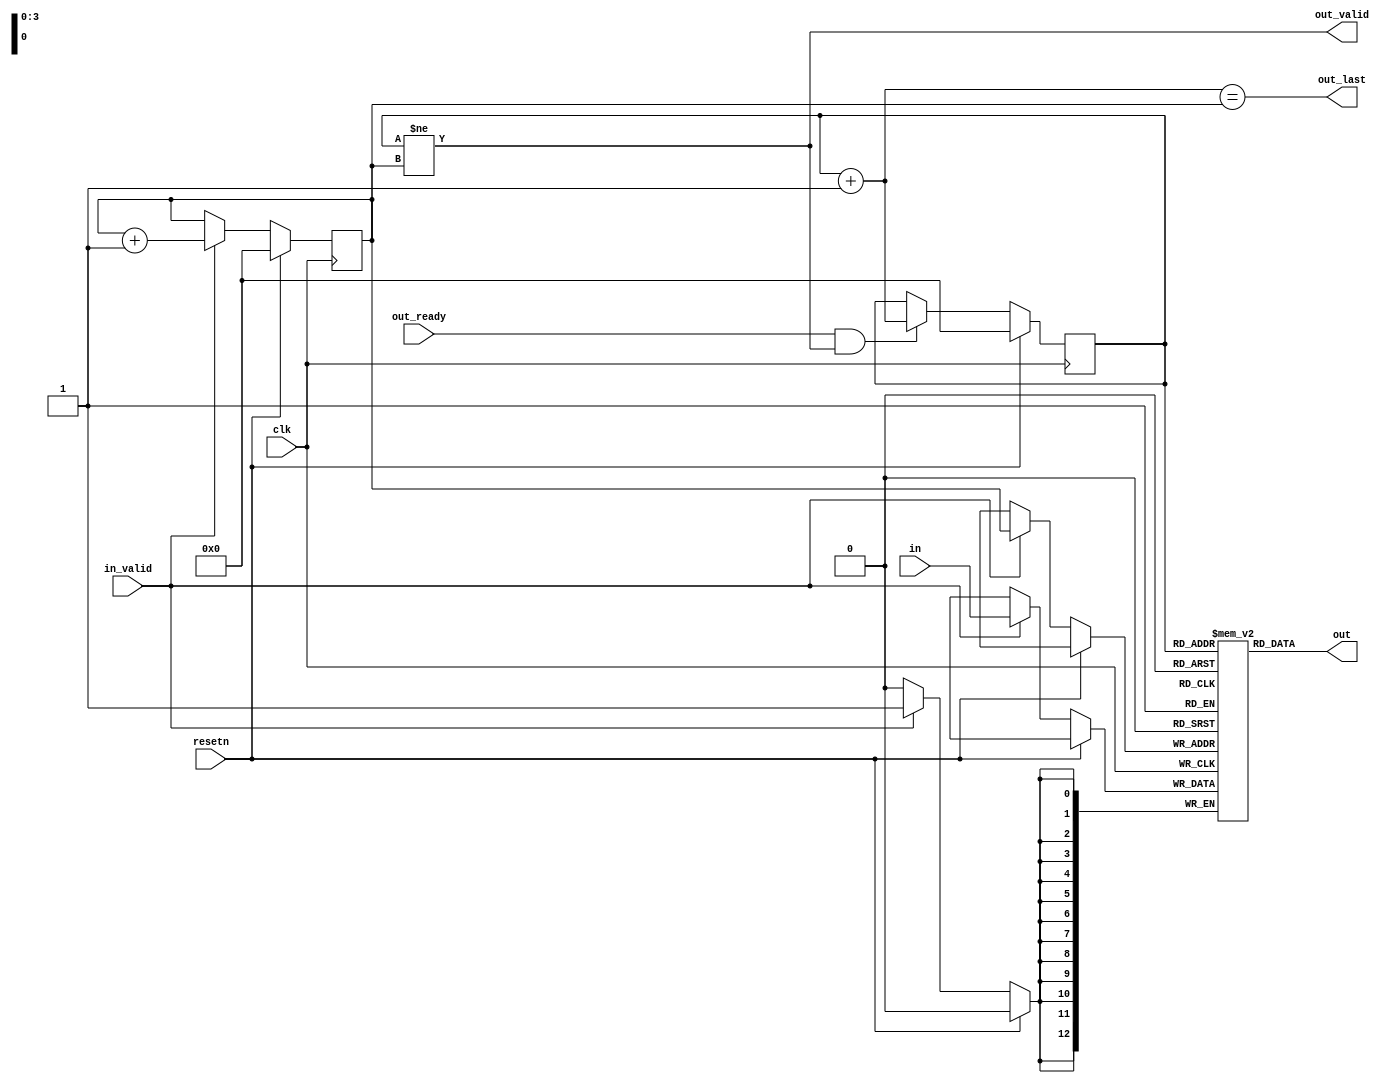
`timescale 1ns / 1ps
//////////////////////////////////////////////////////////////////////////////////
// Company: 
// Engineer: 
// 
// Design Name: 
// Module Name: fifo
// Project Name: 
// Target Devices: 
// Tool Versions: 
// Description: 
// 
// Dependencies: 
// 
// Revision:
// Revision 0.01 - File Created
// Additional Comments:
// 
//////////////////////////////////////////////////////////////////////////////////


module fifo(
  input  wire        clk,
  input  wire        resetn,
  input  wire [12:0] in,
  input  wire        in_valid,
  output wire [12:0] out,
  input  wire        out_ready,
  output wire        out_valid,
  output wire        out_last
);
    
	reg  [12:0] fifo [15:0];
    reg   [3:0] rd_ptr;
    reg   [3:0] wt_ptr;
    wire  [3:0] rd_ptr_incr = rd_ptr + 1;

    always @(posedge clk)
        if (resetn) begin
            rd_ptr <= 4'd0;
            wt_ptr <= 4'd0;
        end else begin
            if (in_valid) begin
                fifo[wt_ptr] <= in;
                wt_ptr <= wt_ptr + 1;
            end
            if (out_ready && out_valid) begin
                rd_ptr <= rd_ptr_incr;
            end
        end

    assign out = fifo[rd_ptr];
    assign out_valid = rd_ptr != wt_ptr;
    assign out_last = rd_ptr_incr == wt_ptr;

endmodule